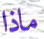
ماذا